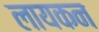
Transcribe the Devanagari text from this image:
लायकन